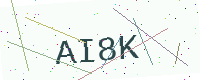
Text: AI8K